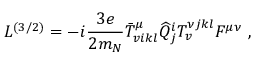
{ \cal L } ^ { ( 3 / 2 ) } = - i { \frac { 3 e } { 2 m _ { N } } } \bar { T } _ { v i k l } ^ { \mu } { \widehat Q } _ { j } ^ { i } T _ { v } ^ { \nu j k l } F ^ { \mu \nu } \ ,